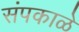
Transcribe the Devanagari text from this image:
संपकाळे